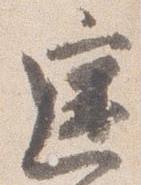
庭